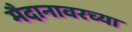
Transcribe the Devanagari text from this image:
मैदानावरच्या